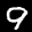
Label: 9